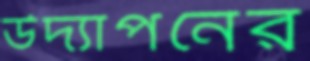
উদ্যাপনের